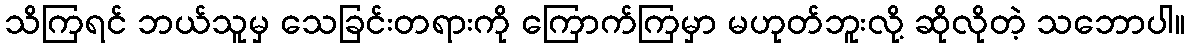
သိကြရင် ဘယ်သူမှ သေခြင်းတရားကို ကြောက်ကြမှာ မဟုတ်ဘူးလို့ ဆိုလိုတဲ့ သဘောပါ။